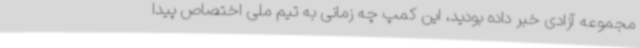
مجموعه آزادی خبر داده بودید، این کمپ چه زمانی به تیم ملی اختصاص پیدا